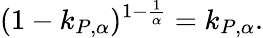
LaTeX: (1-k_{P,\alpha})^{1-\frac{1}{\alpha}}=k_{P,\alpha}.